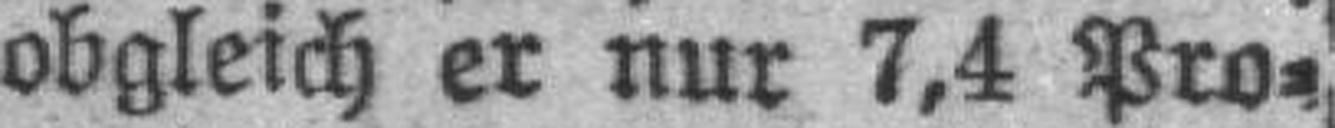
obgleich er nur 7,4 Pro¬